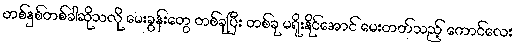
တစ်နှစ်တစ်ခါဆိုသလို မေးခွန်းတွေ တစ်ခုပြီး တစ်ခု မရိုးနိုင်အောင် မေးတတ်သည့် ကောင်လေး